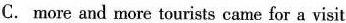
C. more and more tourists came for a visit